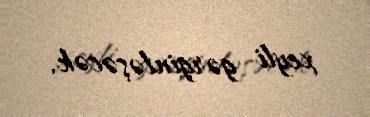
xeyli gərginləşəcək.